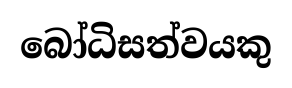
බෝධිසත්වයකු